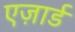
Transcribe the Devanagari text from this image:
एज़ार्ड